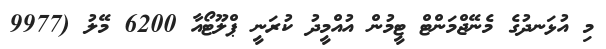
މި އުޅަނދުގެ މެނޭޖްމަންޓް ޓީމުން އުއްމީދު ކުރަނީ ޕްލޫޓޯއާ 6200 މޭލު (9977